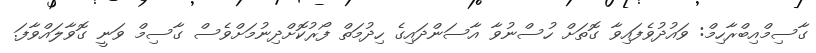
ގާސިމްއިބްރާހިމް: ވައުދުވެފައިވާ ގޮތަށް ހުސްނުވާ އާސަންދައިގެ ހިދުމަތް ފޯރުކޮށްދިނުމަށްވެސް ގާސިމް ވަނީ ގޮވާލައްވާފަ.